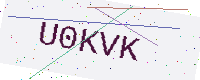
Text: U0KVK